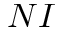
N I